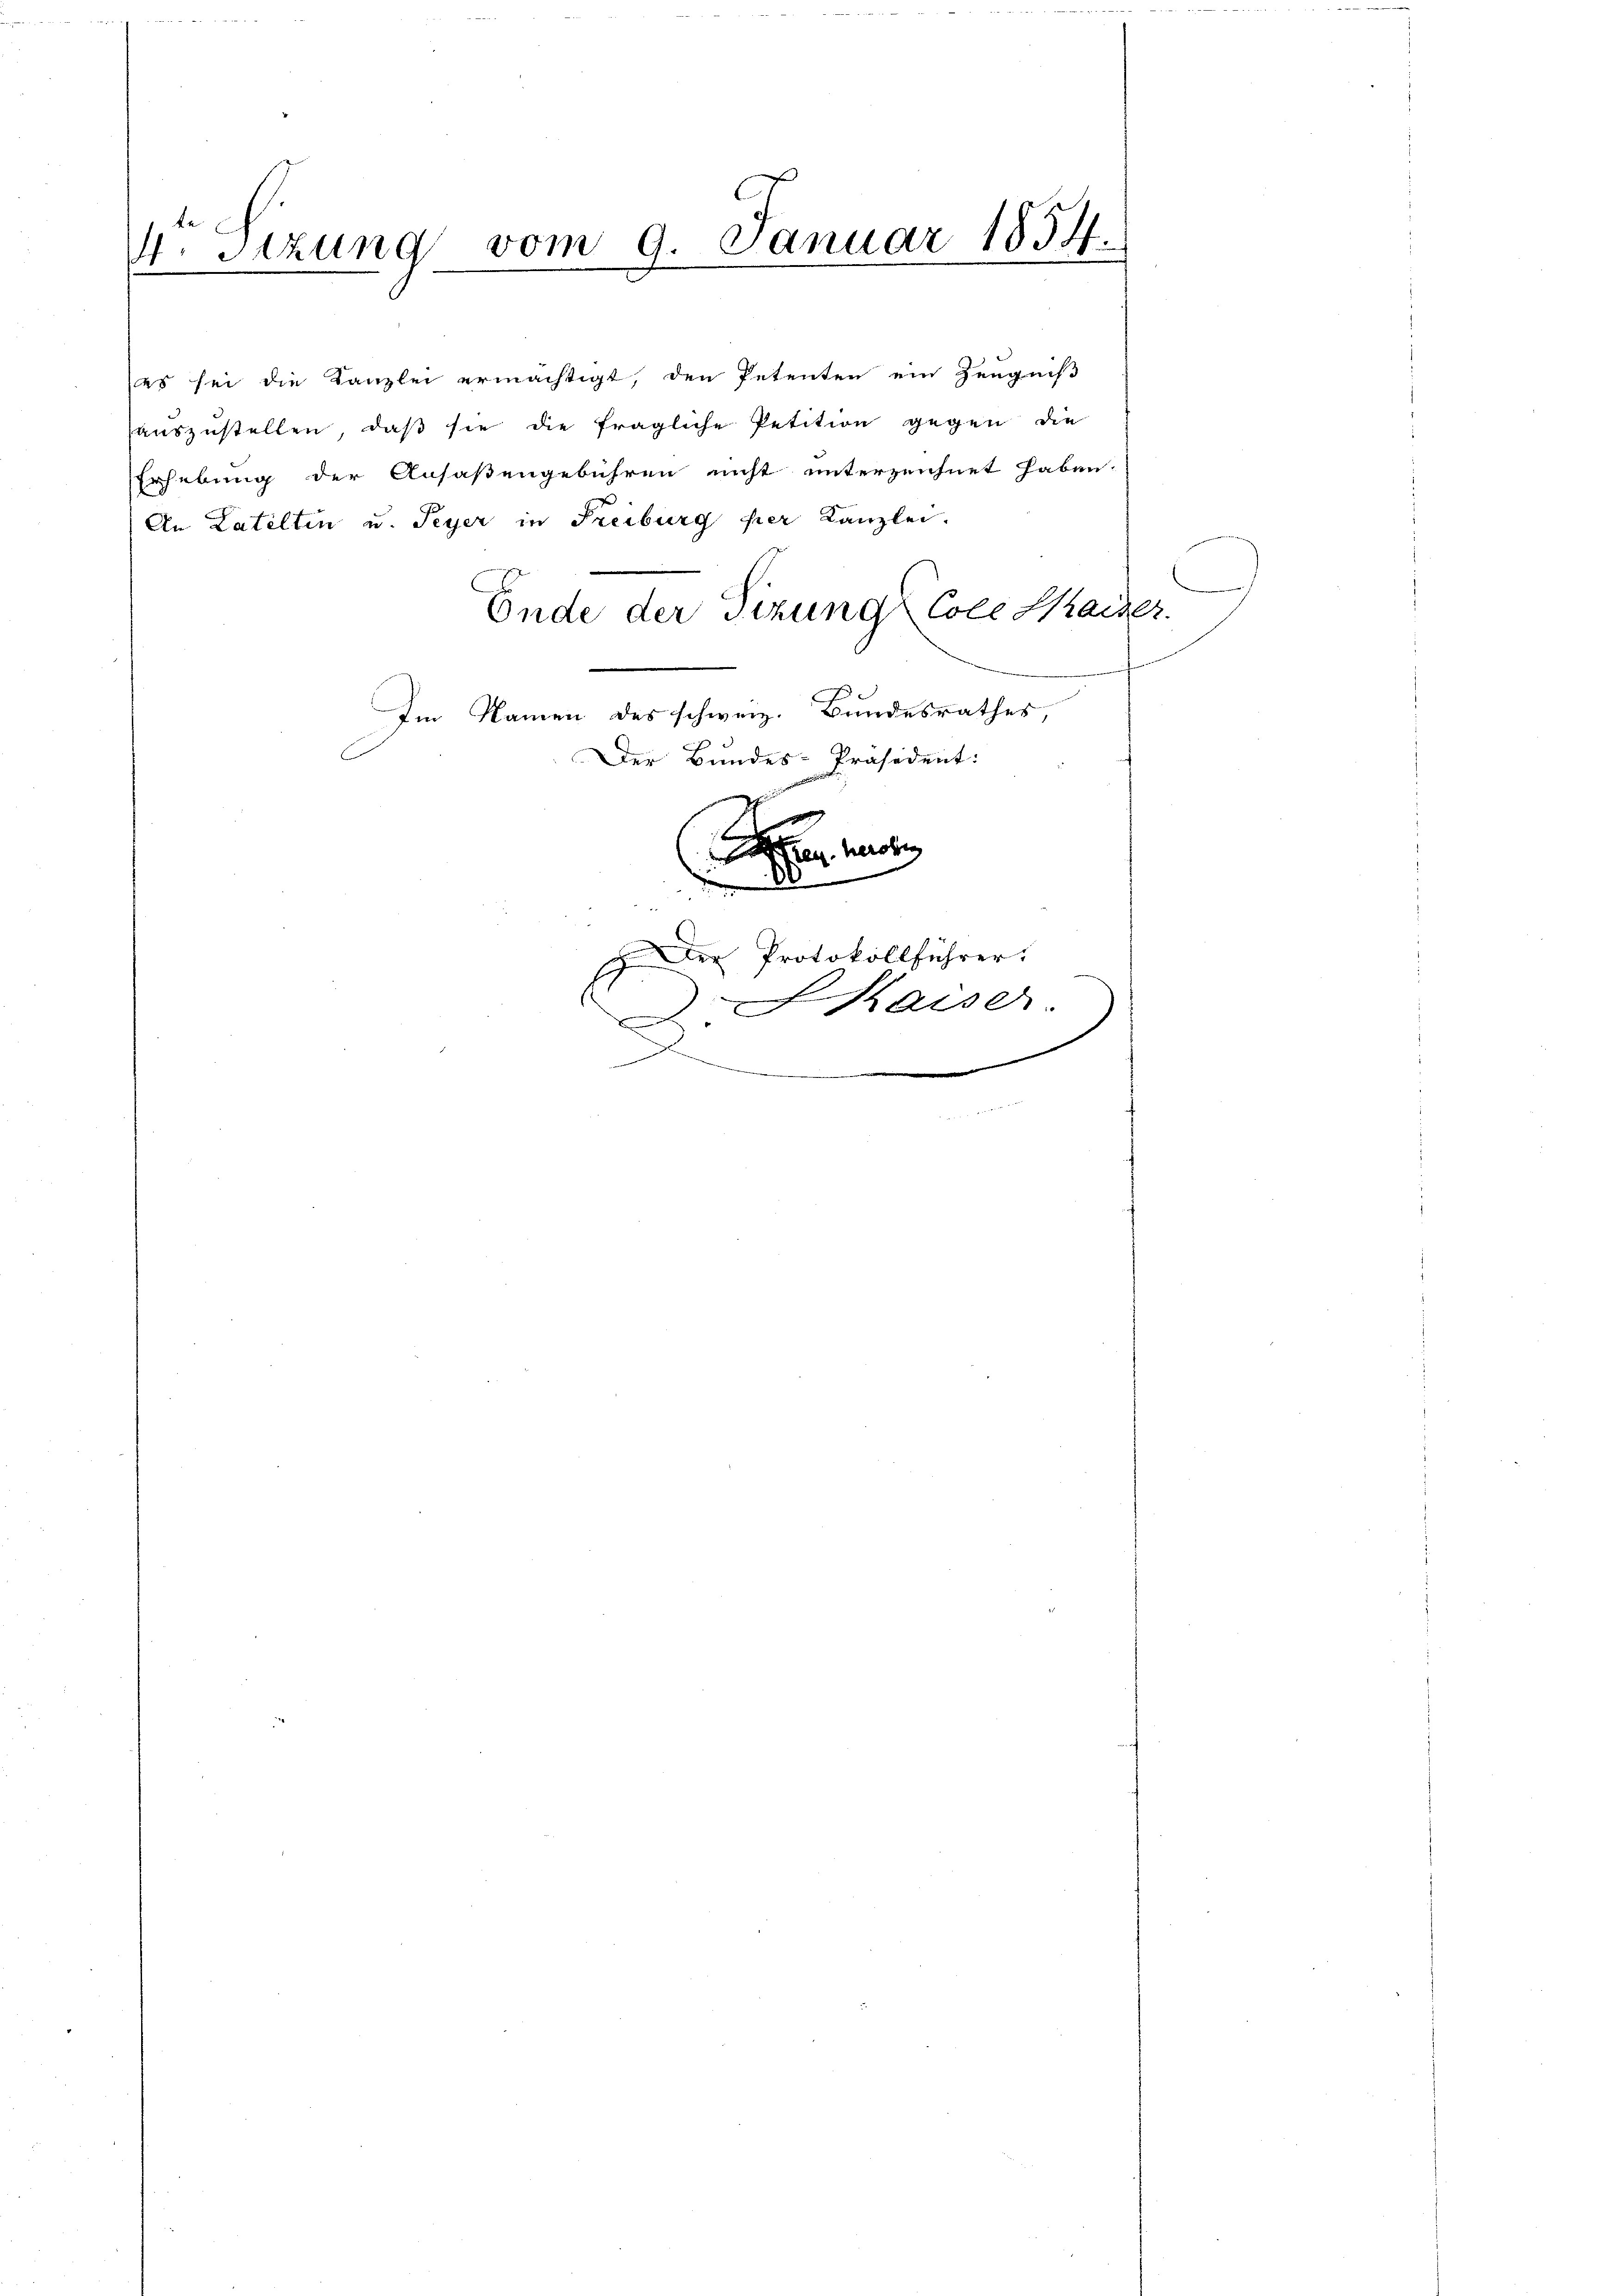
4. Sizung vom 9. Januar 1854.
e

(es sei die Kanzlei ermächtigt, den Petenten ein Zeugniß
auszustellen, daß sie die fragliche Petition gegen die
Erhebung der Ansaßengebühren nicht unterzeichnet haben.
An Latelten u. Peyer in Freiburg per Kanzlei.
Ende der Sizung Cole Kaiser
Im Namen des schweiz. Bundesrathes,
Der Bundes-Präsident:
2
heroben
00

e
p der Protokollführer:
f
.
Haiser.
2
.
ammenen
wenigentliche